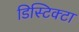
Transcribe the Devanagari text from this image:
डिस्टिक्टा